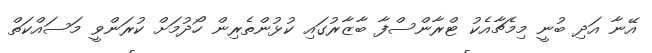
އޭނާ އަދި ބުނީ މިމެޗާއެކު ޓްރާންސްފާ ބާޒާރުގައި ކުޅުންތެރިން ހޯދުމަށް ކުރަންވީ މަސައްކަތް